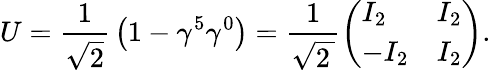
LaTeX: U={\frac{1}{\sqrt{2}}}\left(1-\gamma^{5}\gamma^{0}\right)={\frac{1}{\sqrt{2\, }}}{\left(\begin{array}{ll}{I_{2}}&{I_{2}}\\ {-I_{2}}&{I_{2}}\end{array}\right)}.